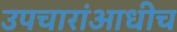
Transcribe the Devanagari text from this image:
उपचारांआधीच